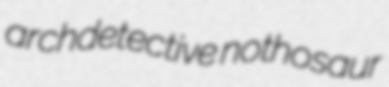
archdetective nothosaur